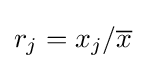
r_{j}=x_{j}/{\overline {x}}